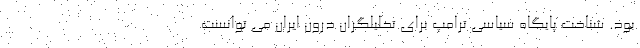
بود. شناخت پایگاه سیاسی ترامپ برای تحلیلگران درون ایران می توانست